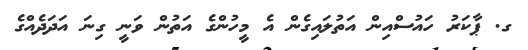
ގ. ޕާކަރު ހައުސްއިން އަތުލައިގެން އެ މީހުންގެ އަތުން ވަނީ ގިނަ އަދަދެއްގެ